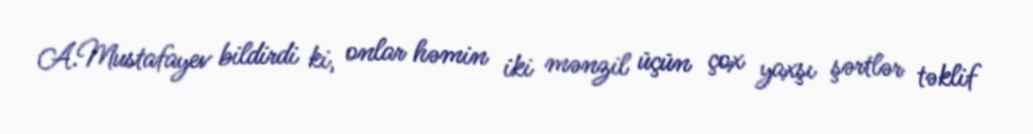
A.Mustafayev bildirdi ki, onlar həmin iki mənzil üçün çox yaxşı şərtlər təklif